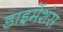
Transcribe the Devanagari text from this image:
डाइमेंशंस